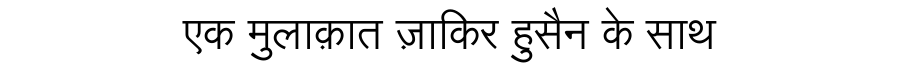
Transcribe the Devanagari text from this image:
एक मुलाक़ात ज़ाकिर हुसैन के साथ